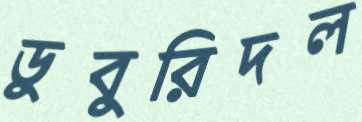
ডুবুরিদল